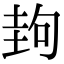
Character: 𡌲